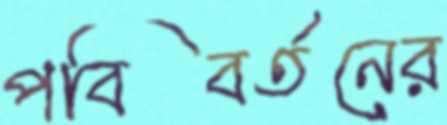
পবিবর্তনের